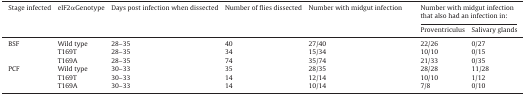
<table><thead><tr><td><b>Stage infected</b></td><td><b>eIF2αGenotype</b></td><td><b>Days post infection when dissected</b></td><td><b>Number of flies dissected</b></td><td><b>Number with midgut infection</b></td><td colspan="2"><b>Number with midgut infection that also had an infection in:</b></td></tr><tr><td></td><td></td><td></td><td></td><td></td><td><b>Proventriculus</b></td><td><b>Salivary glands</b></td></tr></thead><tbody><tr><td>BSF</td><td>Wild type</td><td>28–35</td><td>40</td><td>27/40</td><td>22/26</td><td>0/27</td></tr><tr><td></td><td>T169T</td><td>28–35</td><td>34</td><td>15/34</td><td>10/10</td><td>0/15</td></tr><tr><td></td><td>T169A</td><td>28–35</td><td>74</td><td>35/74</td><td>21/33</td><td>0/35</td></tr><tr><td>PCF</td><td>Wild type</td><td>30–33</td><td>35</td><td>28/35</td><td>28/28</td><td>11/28</td></tr><tr><td></td><td>T169T</td><td>30–33</td><td>14</td><td>12/14</td><td>10/10</td><td>1/12</td></tr><tr><td></td><td>T169A</td><td>30–33</td><td>14</td><td>10/14</td><td>7/8</td><td>0/10</td></tr></tbody></table>